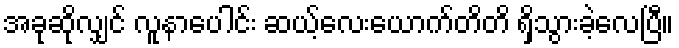
အခုဆိုလျှင် လူနာပေါင်း ဆယ့်လေးယောက်တိတိ ရှိသွားခဲ့လေပြီ။